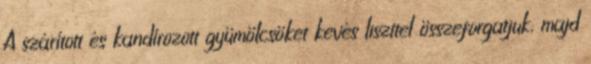
A szárított és kandírozott gyümölcsöket kevés liszttel összeforgatjuk, majd